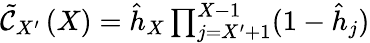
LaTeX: \begin{array}{r}{\tilde{\mathcal{C}}_{X^{\prime}}\left(X\right)=\hat{h}_{X}\prod_{j=X^{\prime}+1}^{X-1}(1-\hat{h}_{j})}\end{array}